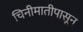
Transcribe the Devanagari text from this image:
चिनीमातीपासून